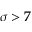
\sigma > 7